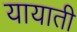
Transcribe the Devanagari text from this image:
यायाती